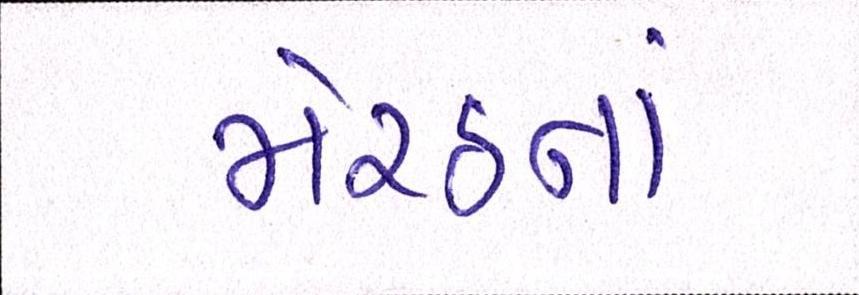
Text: મેરઠનાં